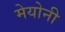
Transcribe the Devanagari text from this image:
मेयोनी